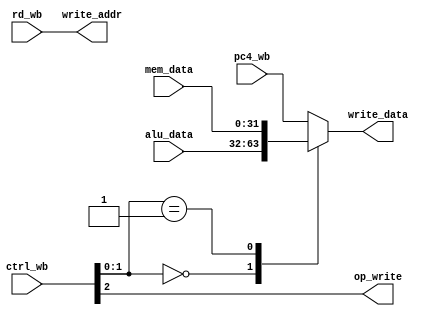
module WB(
    input [2:0] ctrl_wb,
    input [31:0] pc4_wb,
    input [31:0] mem_data,
    input [31:0] alu_data,
    input [31:0] rd_wb,
    output op_write,
    output [31:0] write_data,
    output [31:0] write_addr
);
reg signed [31:0] mux_out_reg;

assign op_write = ctrl_wb[2];
assign write_addr = rd_wb;
assign write_data = mux_out_reg;

always @(ctrl_wb or pc4_wb or mem_data or alu_data)
begin : MUX
    case(ctrl_wb[1:0])
        2'b00 : 
            mux_out_reg = alu_data;
        2'b01 : 
            mux_out_reg = mem_data;
        default : 
            mux_out_reg = pc4_wb;
    endcase
end
endmodule